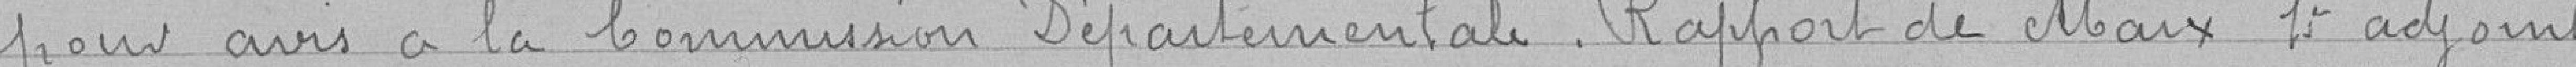
pour avis à la Commission Départementale. Rapport de Marx 1er adjoint